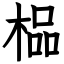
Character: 榀